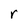
Character: r